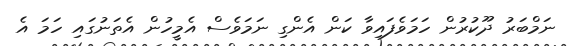
ނަމްބަރު ދޫކުރުން ހަމަވެފައިވާ ކަން އެންގި ނަމަވެސް އެމީހުން އެތަނުގައި ހަމަ އެ